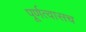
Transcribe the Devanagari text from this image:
पूर्णत्वासच